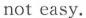
not easy.